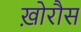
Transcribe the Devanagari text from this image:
ख़ोरौस